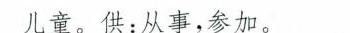
儿童。供：从事，参加。